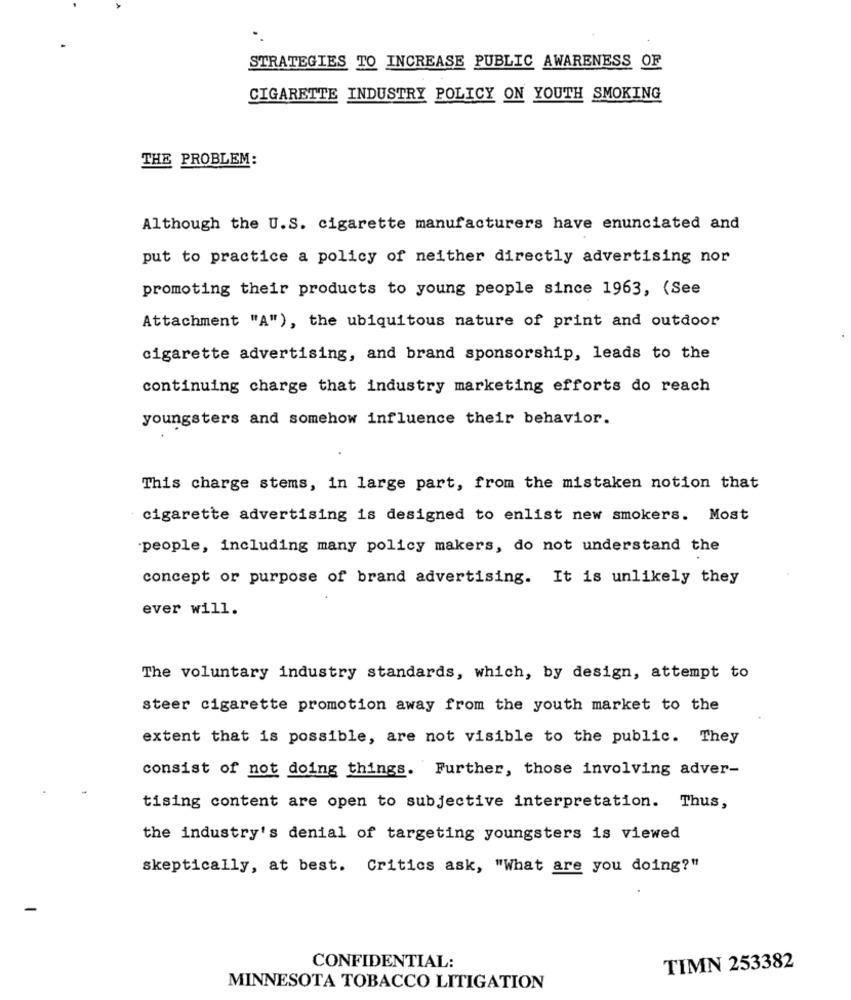
STRATEGIES TO INCREASE PUBLIC AWARENESS OF
CIGARETTE INDUSTRY POLICY ON YOUTH SMOKING
THE PROBLEM:
Although the U.S. cigarette manufacturers have enunciated and
put to practice a policy of neither directly advertising nor
promoting their products to young people since 1963, (See
Attachment "A"), the ubiquitous nature of print and outdoor
cigarette advertising, and brand sponsorship, leads to the
continuing charge that industry marketing efforts do reach
youngsters and somehow influence their behavior.
This charge stems, in large part, from the mistaken notion that
cigarette advertising is designed to enlist new smokers. Most
people, including many policy makers, do not understand the
concept or purpose of brand advertising. It is unlikely they
ever will.
The voluntary industry standards, which, by design, attempt to
steer cigarette promotion away from the youth market to the
extent that is possible, are not visible to the public. They
consist of not doing things. Further, those involving adver-
tising content are open to subjective interpretation. Thus,
the industry's denial of targeting youngsters is viewed
skeptically, at best. Critics ask, "What are you doing?"
CONFIDENTIAL:
TIMN 253382
MINNESOTA TOBACCO LITIGATION